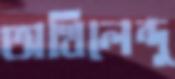
অখিলেন্দু